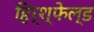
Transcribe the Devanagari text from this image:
हिर्श्फेल्ड